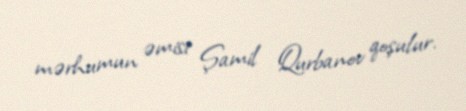
mərhumun əmisi Şamil Qurbanov qoşulur.